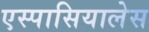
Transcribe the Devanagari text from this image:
एस्पासियालेस